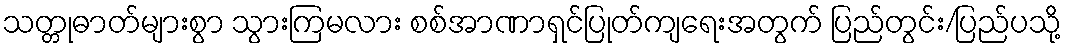
သတ္တုဓာတ်များစွာ သွားကြမလား စစ်အာဏာရှင်ပြုတ်ကျရေးအတွက် ပြည်တွင်း/ပြည်ပသို့